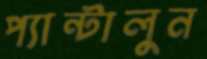
প্যান্টালুন